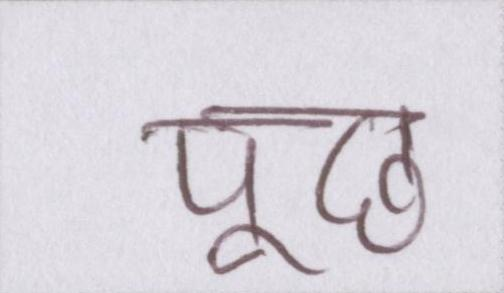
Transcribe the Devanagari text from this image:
पूछ